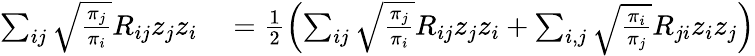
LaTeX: \begin{array}{rl}{\sum_{ij}\sqrt{\frac{\pi_{j}}{\pi_{i}}}R_{ij}z_{j}z_{i}}&{{}=\frac{1}{2}\left(\sum_{ij}\sqrt{\frac{\pi_{j}}{\pi_{i}}}R_{ij}z_{j}z_{i}+\sum_{i,j}\sqrt{\frac{\pi_{i}}{\pi_{j}}}R_{ji}z_{i}z_{j}\right)}\end{array}